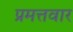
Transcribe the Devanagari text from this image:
प्रमत्तवार